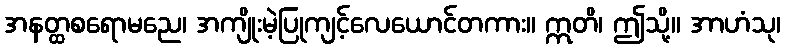
အနတ္ထစရောမညေ၊ အကျိုးမဲ့ပြုကျင့်လေယောင်တကား။ ဣတိ၊ ဤသို့။ အာဟံသု၊